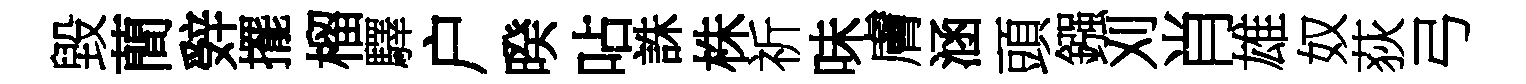
毀蕳辤擺榴驛户暌呫誅株祈味膚涵頭鏹刈肖雄奴荻弓